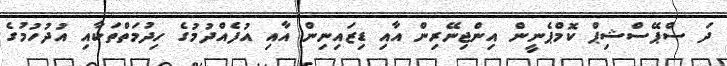
ދަ ސްޕޭސްޝިޕް ކޮމްޕެނީން އިންޖިނޭރިން އާއި ޑިޒައިނިން އާއި އުފެއްދުމުގެ ހިދުމަތްތަކާއި އުދުހުމުގެ